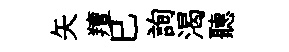
矢羶巳詢渴聽